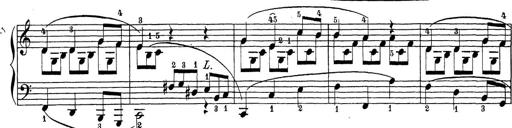
Title: Sonatina Album
Composer: Louis KÃ¶hler